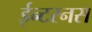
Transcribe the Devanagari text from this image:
ईन्टरनस